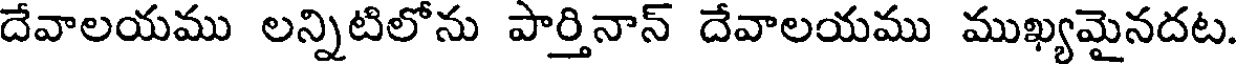
దేవాలయము లన్నిటిలోను పార్తినాన్ దేవాలయము ముఖ్యమైనదట.